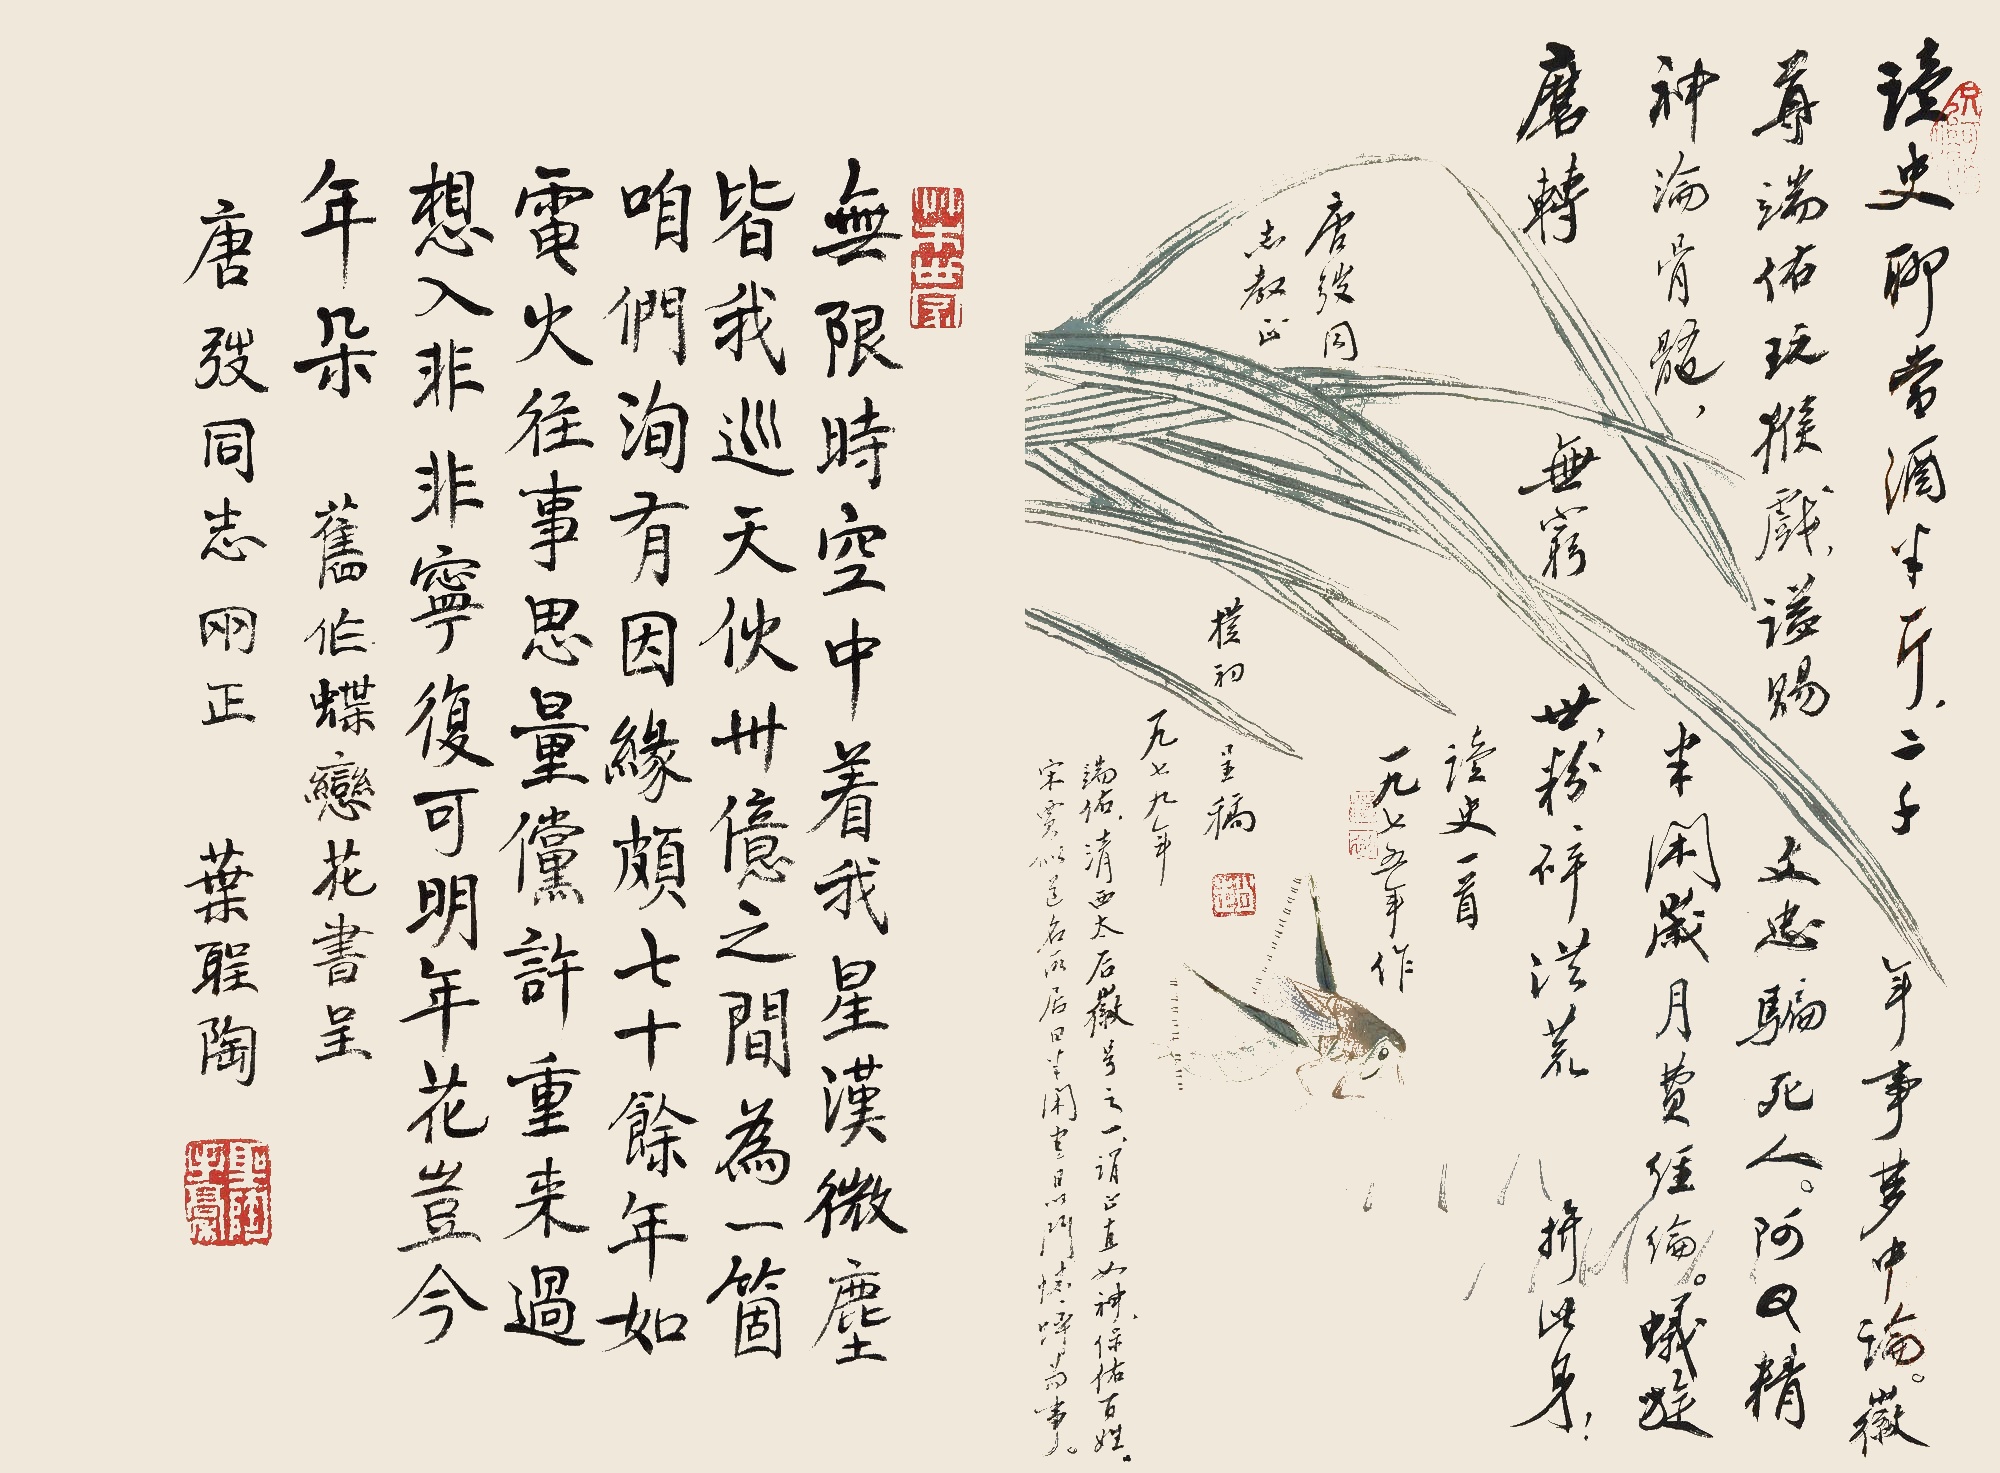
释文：读史聊当酒半斤。二千年事梦中论。徽尊端佑玩猴戏，谥赐文忠骗死人。阿Q精神沦骨髓。半闲岁月费经纶。蚁旋磨转无穷世。粉碎洪荒拼此身！（端佑，清西太后徽号之一，谓正直如神，保佑百姓。宋贾似道名所居曰半闲堂，日以斗蟋蟀为事。）无限时空中著我。星汉微尘，皆我巡天伙。卅亿之间为一个，咱们洵有因缘颇。七十余年如电火。往事思量，倘许重来过。想入非非宁复可。明年花岂今年朵。1.读史一首。一九七五年作。唐弢同志教正。朴初呈稿。一九七九年。2.旧作《蝶恋花》，书呈唐弢同志两正。叶圣陶。